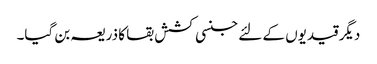
دیگر قیدیوں کے لئے جنسی کشش بقا کا ذریعہ بن گیا۔